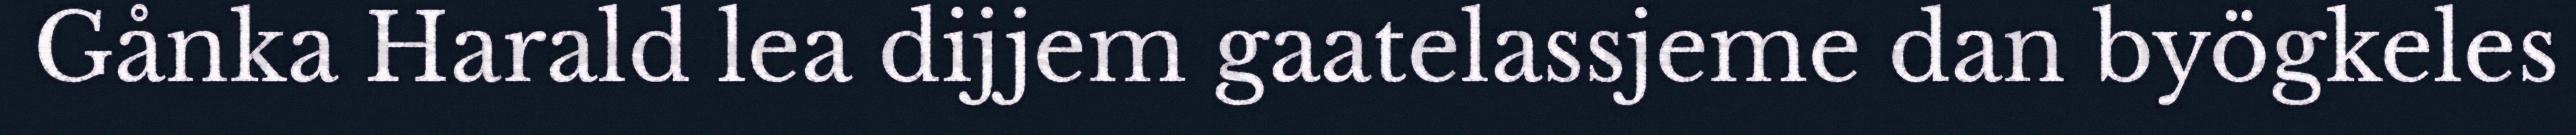
Gånka Harald lea dijjem gaatelassjeme dan byögkeles